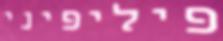
פיליפיני